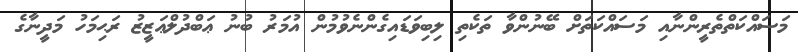
މަސައްކަތްތެރީންނާއި މަސައްކަތަށް ބޭނުންވާ ތަކެތި ލިބިވަޑައިގެންނެވުމުން އުމަރު ބުނު ޢަބްދުލްޢަޒީޒު ރަޙިމަހު މަދީނާގެ